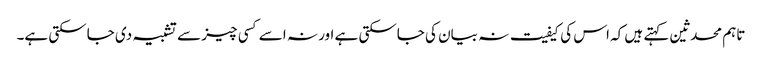
تاہم محدثین کہتے ہیں کہ اس کی کیفیت نہ بیان کی جاسکتی ہے اور نہ اسے کسی چیز سے تشبیہ دی جاسکتی ہے۔